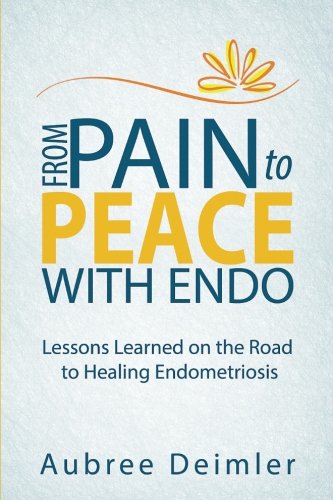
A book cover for From Pain to Peace With Endo: Lessons Learned on the Road to Healing Endometriosis; Aubree Deimler; Health, Fitness & Dieting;